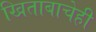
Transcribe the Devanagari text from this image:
खिताबाचेही